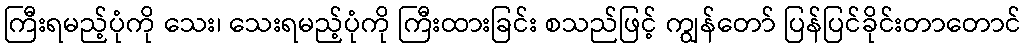
ကြီးရမည့်ပုံကို သေး၊ သေးရမည့်ပုံကို ကြီးထားခြင်း စသည်ဖြင့် ကျွန်တော် ပြန်ပြင်ခိုင်းတာတောင်